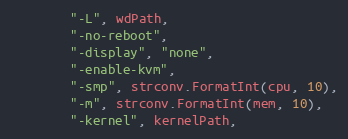
Language: Go
		"-L", wdPath,
		"-no-reboot",
		"-display", "none",
		"-enable-kvm",
		"-smp", strconv.FormatInt(cpu, 10),
		"-m", strconv.FormatInt(mem, 10),
		"-kernel", kernelPath,